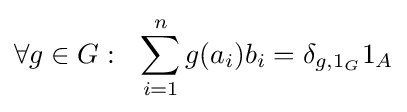
\forall g\in G:\ \ \sum _{i=1}^{n}g(a_{i})b_{i}=\delta _{g,1_{G}}1_{A}